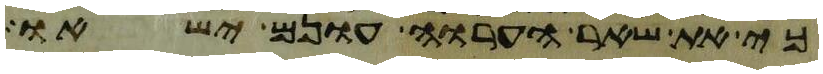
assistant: כי את שאר הערוה עונם ישאו